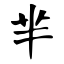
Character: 芈